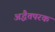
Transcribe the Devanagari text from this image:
अद्धैतपरक